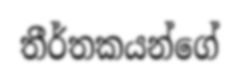
තීර්තකයන්ගේ